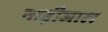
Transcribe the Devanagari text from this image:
नाड़ीजाल